Tartu_kinnistusamet, lk 7
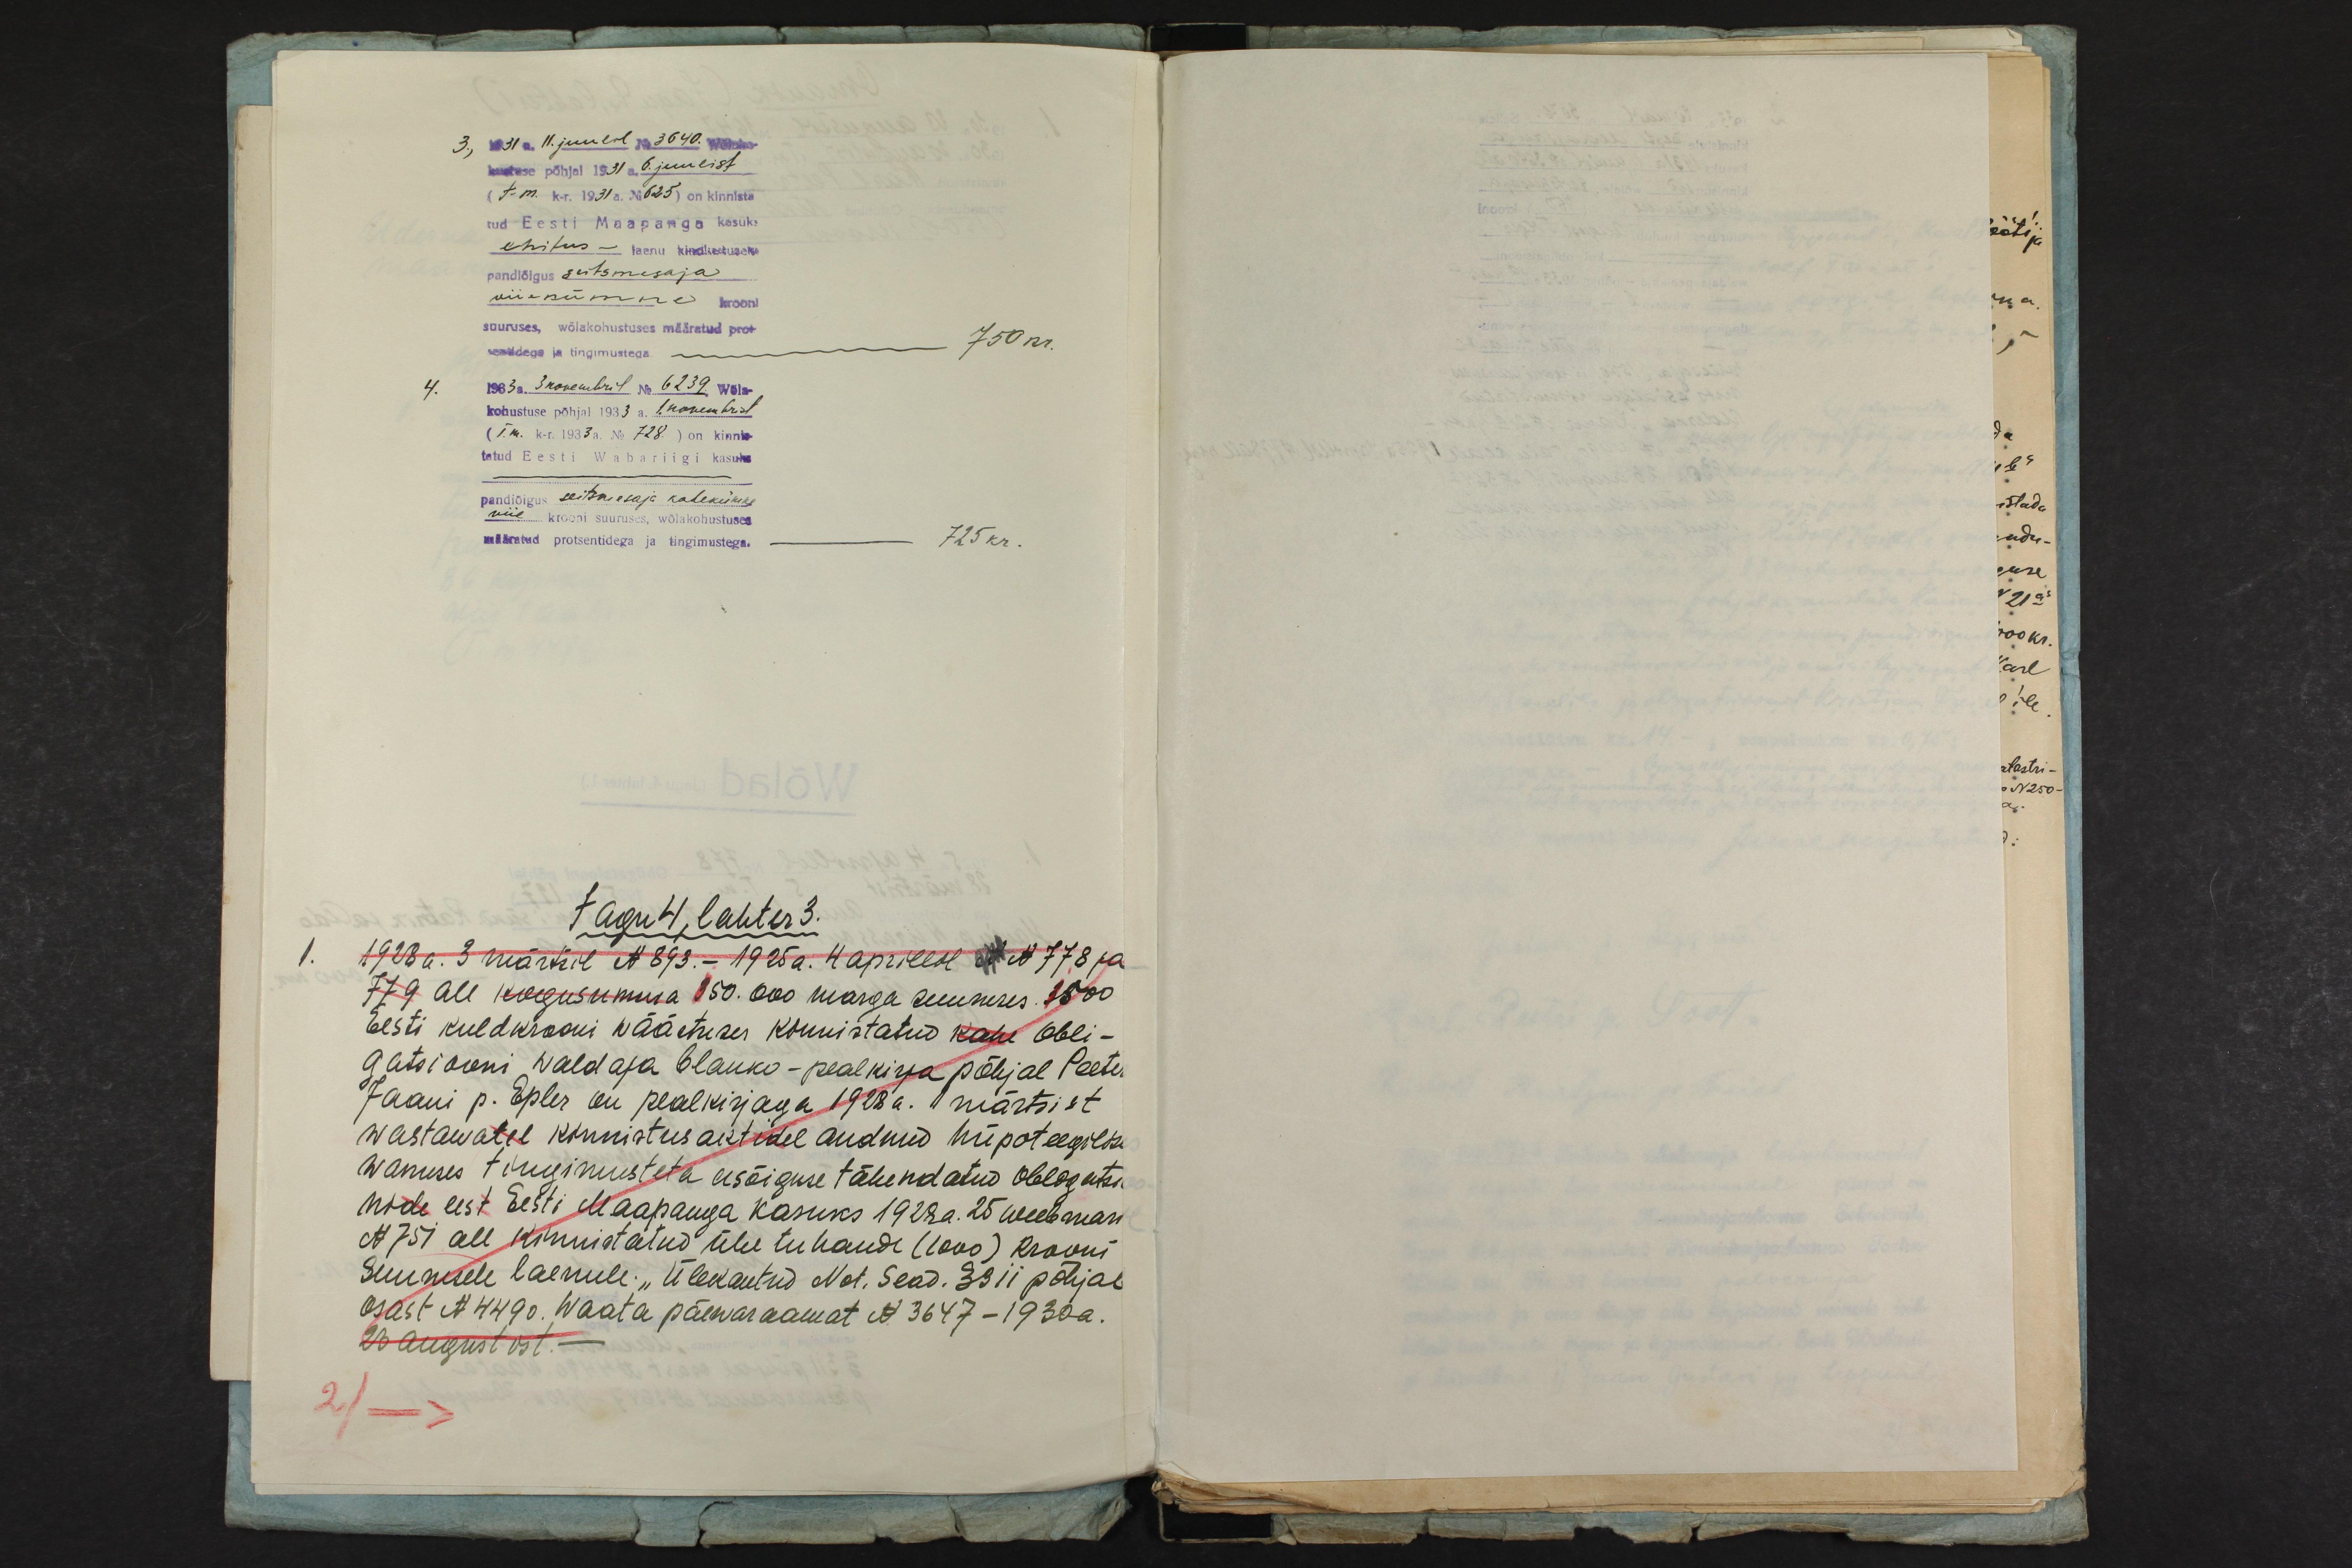
3., 1931. 11. juulil Nr 3640. We
kuutuse põhjal 1931a. 6. juulist
(T. m. k-r. 1931 a. No 625) on kinnista
tud Eesti Maapanga kasuks
ehitus - laenu kindlustuseks
pandlõigus seitsmesaja
viiekümne krooni
suuruses, wõlakohustuses määratud prot
sentidega ja tingimustega.750 kr.
4. 1933 a. 3 novembril No 6239. Wõla-
kohustuse põhjal 1933 a. 1. novembrist
(T.m. k-r. 1933a. No 728) on kinnis-
tatud Eesti Wabariigi kasuks
pandiõigus seitsmesaja kahekümne
viie krooni suuruses, wõlakohustuses
määratud protsentidega ja tingimustega. 725 kr.
Jagu 4, lahter 3.
1.
1928 a. 3 märtsil No 893.- 1925 a. 4 aprillil No 778 ja
779 all kogusumma 150.000 marga suuruses. 1500
Eesti kuldkrooni wäärtuses kinnistatud kahe obli-
gatsiooni waldaja blanko-pealkirja põhjal Peeter
Jaani p. Epler on pealkirjaga 1928 a. 1 märtsist
wastavatel kinnistus aktidel andnud hüpoteegilises
wanuses tingimusteta eesõiguse tähendatud obligatsi.
nide eest Eesti Maapanga kasuks 1928 a. 25 weebruari
No 751 all kinnistatud ühe tuhandi (1000) krooni
suunusele laenule: "Ülekantud" Not. Sead. §9II põhjal
osast No 4490. Waata päewaraamat No 3647-1930a.
23 august ost.
2/ ->